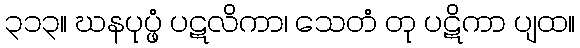
၃၁၃။ ဃနပုပ္ဖံ ပဋလိကာ၊ သေတံ တု ပဋိကာ ပျထ။